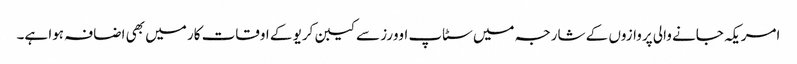
امریکہ جانے والی پروازوں کے شارجہ میں سٹاپ اوورز سے کیبن کریو کے اوقات کار میں بھی اضافہ ہوا ہے۔